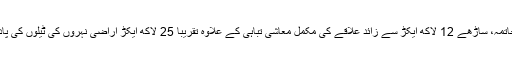
چنانچہ ان وادیوں سے آبی حیات کا مکمل خاتمہ، ساڑھے 12 لاکھ ایکڑ سے زائد علاقے کی مکمل معاشی تباہی کے علاوہ تقریباً 25 لاکھ ایکڑ اراضی نہروں کی ٹیلوں کی پاداش میں سسکتی معیشت کا روپ دھار گئی۔